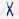
X